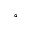
^ { \circ }